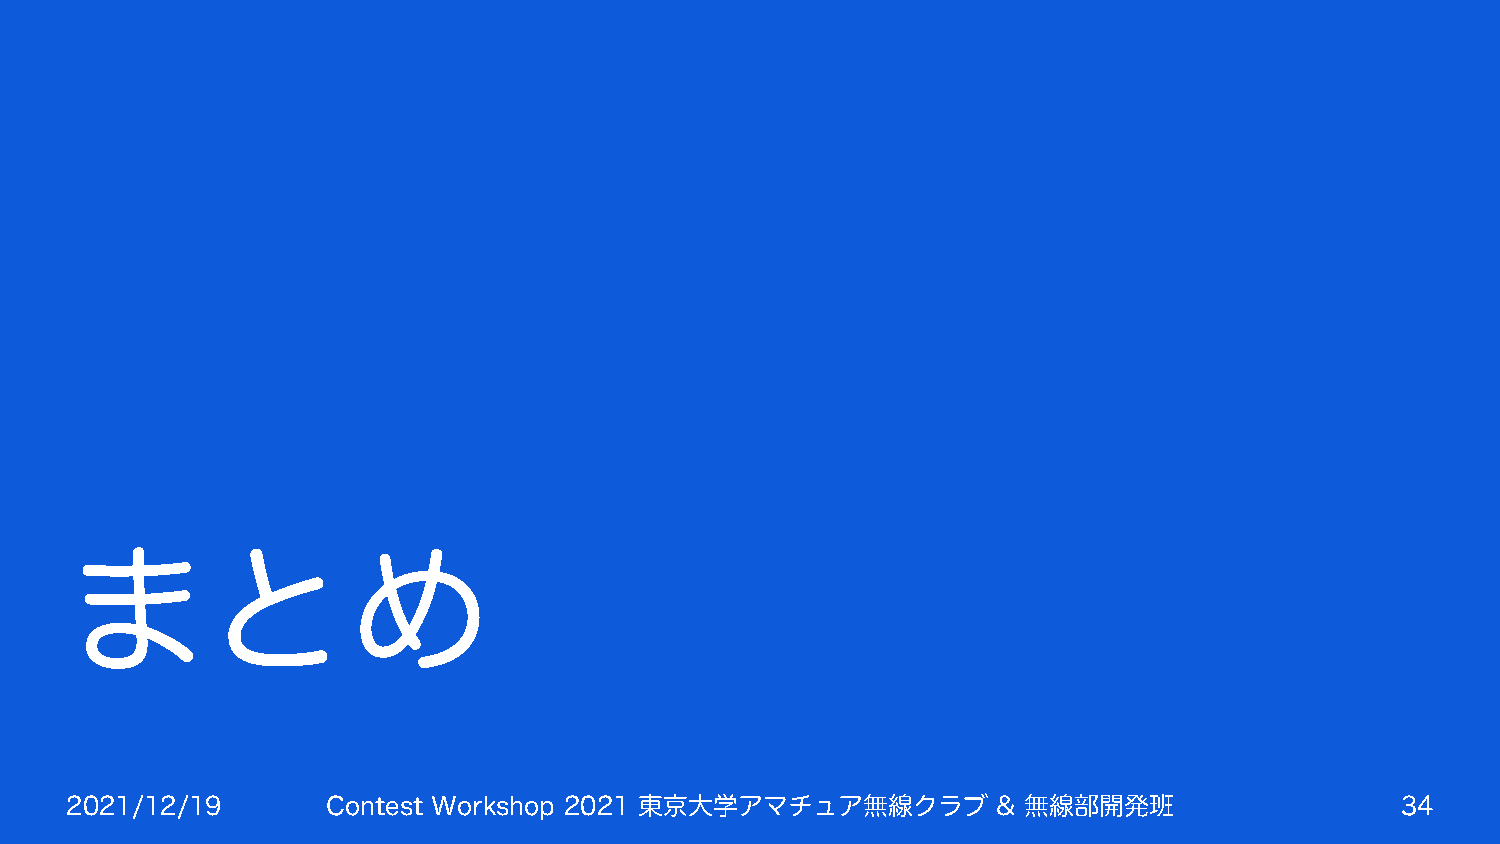
まとめ
 2021/12/19        Contest Workshop 2021 東京大学アマチュア無線クラブ        & 無線部開発班                   34